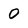
Character: 0